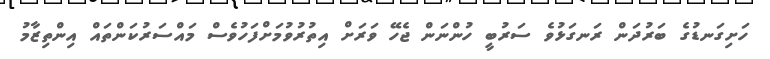
ހަށިގަނޑުގެ ބަރުދަން ރަނގަޅުވެ ސަރުބީ ހުންނަން ޖެހޭ ވަރަށް އިތުރުވުމަށްފަހުވެސް މައްސަރުކަންތައް އިންތިޒާމު